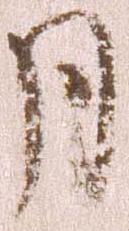
月